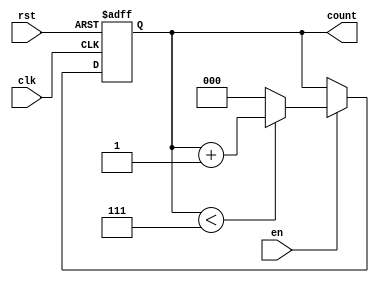
module binary_up_counter #(parameter WIDTH = 3) (
    input wire clk,        // Clock signal
    input wire rst,       // Asynchronous reset signal
    input wire en,        // Enable signal
    output reg [WIDTH-1:0] count // Counter output
);

// Maximum count value based on the width
localparam MAX_COUNT = (1 << WIDTH) - 1;

always @(posedge clk or posedge rst) begin
    if (rst) begin
        count <= 0; // Reset counter to 0
    end else if (en) begin
        if (count < MAX_COUNT) begin
            count <= count + 1; // Increment count
        end else begin
            count <= 0; // Wrap around to 0
        end
    end
end

endmodule